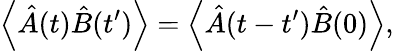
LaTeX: \left\langle{\hat{A}(t)\hat{B}(t^{\prime})}\right\rangle=\left\langle{\hat{A}(t-t^{\prime})\hat{B}(0)}\right\rangle,